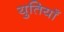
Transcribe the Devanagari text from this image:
युतियाँ